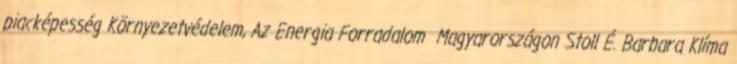
piacképesség Környezetvédelem, Az Energia Forradalom Magyarországon Stoll É. Barbara Klíma